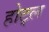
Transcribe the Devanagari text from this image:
होट्ल